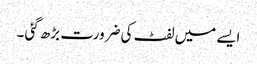
ایسے میں لفٹ کی ضرورت بڑھ گئی ۔